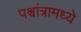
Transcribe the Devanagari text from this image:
पश्चांत्रामध्ये